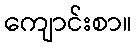
ကျောင်းစာ။